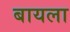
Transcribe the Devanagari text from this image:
बायला